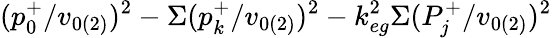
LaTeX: (p_{0}^{+}/v_{0(2)})^{2}-\Sigma(p_{k}^{+}/v_{0(2)})^{2}-k_{eg}^{2}\Sigma(P_{j}^{+}/v_{0(2)})^{2}